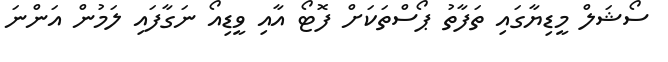
ސޯޝަލް މީޑިޔާގައި ތަފާތު ޕޯސްތަކަށް ފޮޓޯ އާއި ވީޑިއޯ ނަގާފައި ލަމުން އަންނަ